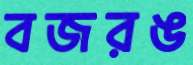
বজরঙ